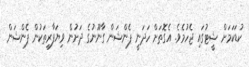
ކުޑަކަމަށް ޝީޓުގައި ޖެހުމެވެ. އެގޮތަށް ހަދަނީ ޕެންޝަން ގާނޫނުގެ ދަށުން ވިޔަފާރިތަކުން ޕެންޝަން